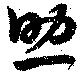
助